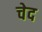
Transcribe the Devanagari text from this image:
चेद